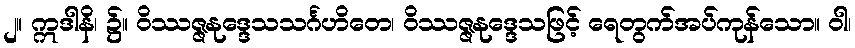
၂။ ဣဒါနိ၊ ၌။ ဝိဿဇ္ဇနုဒ္ဒေသသင်္ဂဟိတေ၊ ဝိဿဇ္ဇနုဒ္ဒေသဖြင့် ရေတွက်အပ်ကုန်သော။ ဝါ၊